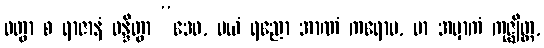
ဝတွာ စ ရာဇာနံ ဝန္ဒိတွာ “ဒေဝ, မယံ ရညော အာဏံ ကရောမ, မာ အမှာကံ ကုဇ္ဈိတ္ထ,